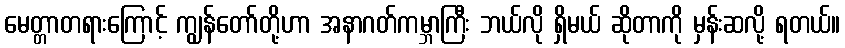
မေတ္တာတရားကြောင့် ကျွန်တော်တို့ဟာ အနာဂတ်ကမ္ဘာကြီး ဘယ်လို ရှိမယ် ဆိုတာကို မှန်းဆလို့ ရတယ်။